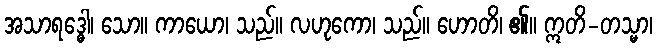
အသာရဒ္ဓေါ၊ သော။ ကာယော၊ သည်။ လဟုကော၊ သည်။ ဟောတိ၊ ၏။ ဣတိ-တသ္မာ၊